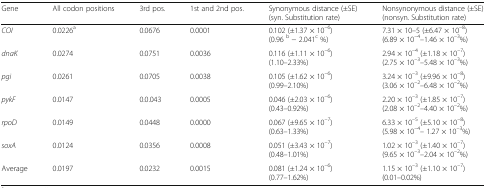
<table><thead><tr><td><b>Gene</b></td><td><b>All codon positions</b></td><td><b>3rd pos.</b></td><td><b>1st and 2nd pos.</b></td><td><b>Synonymous distance (±SE) (syn. Substitution rate)</b></td><td><b>Nonsynonymous distance (±SE) (nonsyn. Substitution rate)</b></td></tr></thead><tbody><tr><td><i>COI</i></td><td>0.0226<sup>a</sup></td><td>0.0676</td><td>0.0001</td><td>0.102 (±1.37 × 10<sup>–6</sup>)(0.96 <sup>b</sup> − 2.041<sup>c</sup> %)</td><td>7.31 × 10–5 (±6.47 × 10<sup>–8</sup>)(6.89 × 10<sup>–4</sup>–1.46 × 10<sup>–3</sup>%)</td></tr><tr><td><i>dnaK</i></td><td>0.0274</td><td>0.0751</td><td>0.0036</td><td>0.116 (±1.11 × 10<sup>–6</sup>)(1.10–2.33%)</td><td>2.94 × 10<sup>–4</sup> (±1.18 × 10<sup>–7</sup>)(2.75 × 10<sup>–3</sup>–5.48 × 10<sup>–3</sup>%)</td></tr><tr><td><i>pgi</i></td><td>0.0261</td><td>0.0705</td><td>0.0038</td><td>0.105 (±1.62 × 10<sup>–6</sup>)(0.99–2.10%)</td><td>3.24 × 10<sup>–3</sup> (±9.96 × 10<sup>–8</sup>)(3.06 × 10<sup>–2</sup>–6.48 × 10<sup>–2</sup>%)</td></tr><tr><td><i>pykF</i></td><td>0.0147</td><td>0.0.043</td><td>0.0005</td><td>0.046 (±2.03 × 10<sup>–6</sup>)(0.43–0.92%)</td><td>2.20 × 10<sup>–3</sup> (±1.85 × 10<sup>–7</sup>)(2.08 × 10<sup>–2</sup>–4.40 × 10<sup>–2</sup>%)</td></tr><tr><td><i>rpoD</i></td><td>0.0149</td><td>0.0448</td><td>0.0000</td><td>0.067 (±9.65 × 10<sup>–7</sup>)(0.63–1.33%)</td><td>6.33 × 10<sup>–5</sup> (±5.10 × 10<sup>–8</sup>)(5.98 × 10<sup>–4</sup>– 1.27 × 10<sup>–3</sup>%)</td></tr><tr><td><i>soxA</i></td><td>0.0124</td><td>0.0356</td><td>0.0008</td><td>0.051 (±3.43 × 10<sup>–7</sup>)(0.48–1.01%)</td><td>1.02 × 10<sup>–3</sup> (±1.40 × 10<sup>–7</sup>)(9.65 × 10<sup>–3</sup>–2.04 × 10<sup>–2</sup>%)</td></tr><tr><td>Average</td><td>0.0197</td><td>0.0232</td><td>0.0015</td><td>0.081 (±1.24 × 10<sup>–6</sup>)(0.77–1.62%)</td><td>1.15 × 10<sup>–3</sup> (±1.10 × 10<sup>–7</sup>)(0.01–0.02%)</td></tr></tbody></table>